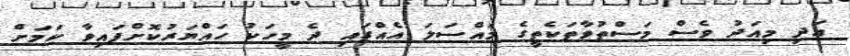
އަދި މިއަދު ވެސް މަސްތުވާތަކެތީގެ މައްސަލަ އެއްގައި ދެ މީހަކު ހައްޔަރުކޮށްފައިވާ ކަމަށް